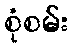
စုံစမ်း